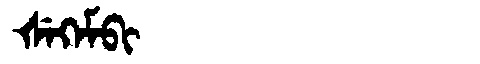
Manchu: ᡧᡝᡴᡝᠮᠪᡳ
Romanization: ŠEKEMBI